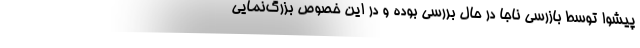
پیشوا توسط بازرسی ناجا در حال بررسی بوده و در این خصوص بزرگ‌نمایی